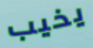
يخيب